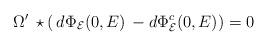
LaTeX: \begin{align*}\Omega'\,\star \left(\,d\Phi_\mathcal{E}(0,E)\,- d\Phi^c_\mathcal{E}(0,E)\right) =0\end{align*}